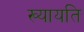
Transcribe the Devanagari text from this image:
ख्यायति